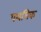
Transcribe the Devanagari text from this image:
पथमिक